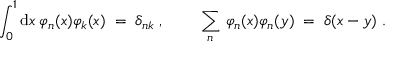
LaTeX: \int _ { 0 } ^ { 1 } \mathrm { d } x \: \varphi _ { n } ( x ) \varphi _ { k } ( x ) \; = \; \delta _ { n k } \; , \qquad \; \sum _ { n } \, \varphi _ { n } ( x ) \varphi _ { n } ( y ) \; = \; \delta ( x - y ) \; .